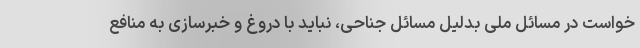
خواست در مسائل ملی بدلیل مسائل جناحی، نباید با دروغ و خبرسازی به منافع